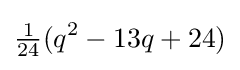
{\tfrac {1}{24}}(q^{2}-13q+24)